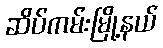
ဆိပ်ကမ်းမြို့နယ်